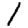
Digit: 1